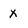
Character: x